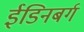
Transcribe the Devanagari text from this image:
ईडिनबर्ग